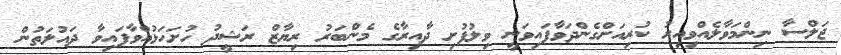
ޖަލްސާ ނިންމަވާލެއްވިއިރު ކުރިއަށްގެންދަވާފައިވަނީ ވިލުފުށި ދާއިރާގެ މެންބަރު ރިޔާޒް ރަޝީދު ހުށަހަޅުއްވާފައިވާ ދައުލަތުން